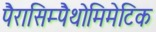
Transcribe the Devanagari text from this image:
पैरासिम्पैथोमिमेटिक